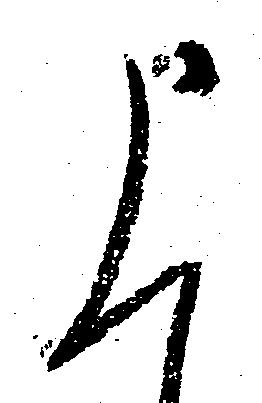
申